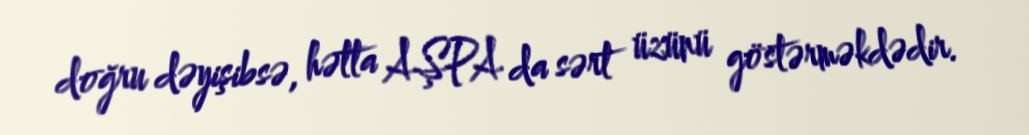
doğru dəyişibsə, hətta AŞPA da sərt üzünü göstərməkdədir.